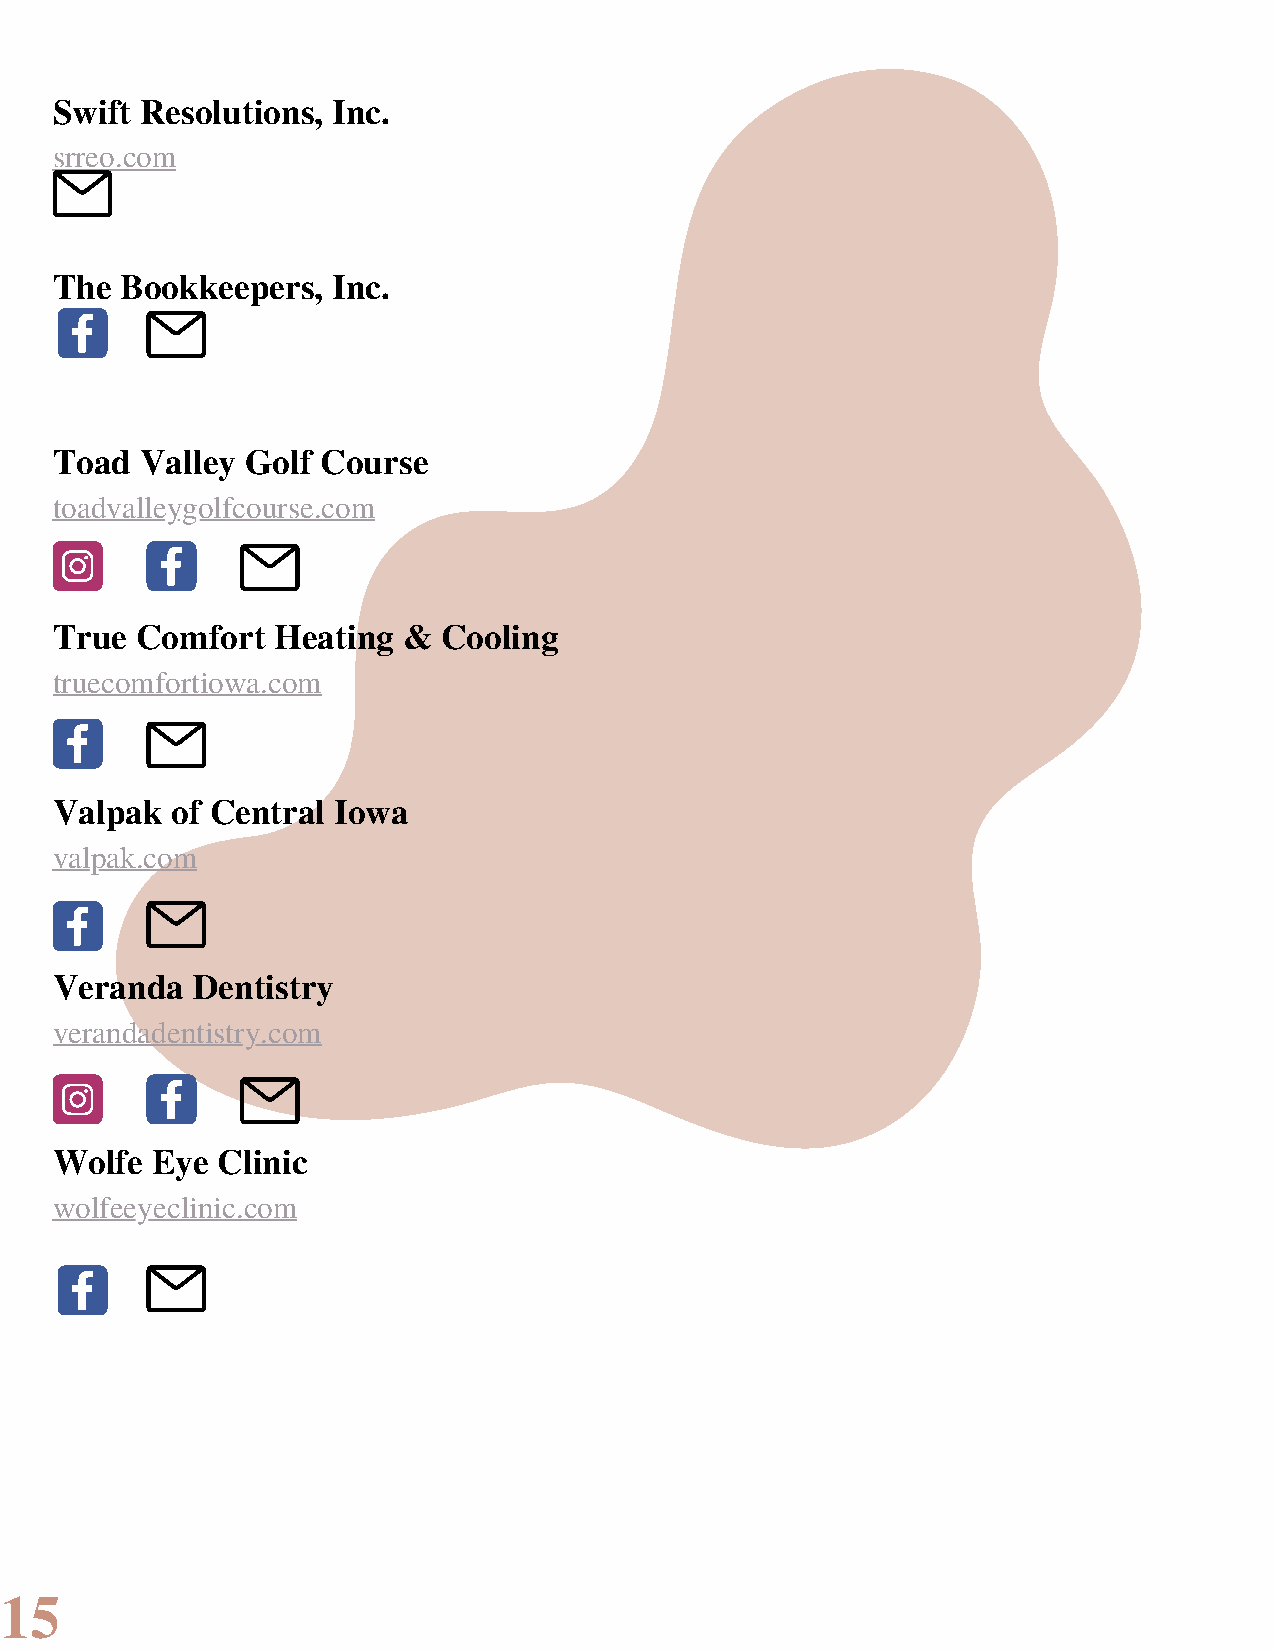
Swift Resolutions, Inc.
 srreo.com
 The  Bookkeepers,  Inc.
 Toad  Valley Golf Course
 toadvalleygolfcourse.com
 True  Comfort  Heating  & Cooling
 truecomfortiowa.com
 Valpak  of Central Iowa
 valpak.com
 Veranda   Dentistry
 verandadentistry.com
 Wolfe  Eye Clinic
 wolfeeyeclinic.com
 15